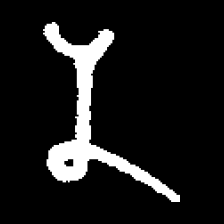
Pyu character \u2014 Myanmar letter: န (romanized: na)